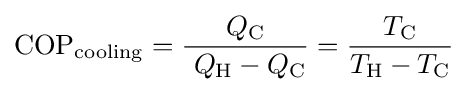
{\rm {COP}}_{\rm {cooling}}={\frac {Q_{\rm {C}}}{\ Q_{\rm {H}}-Q_{\rm {C}}}}={\frac {T_{\rm {C}}}{T_{\rm {H}}-T_{\rm {C}}}}